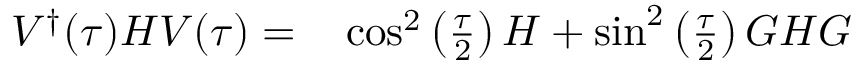
\begin{array} { r l } { V ^ { \dagger } ( \tau ) H V ( \tau ) = } & { { } \cos ^ { 2 } \left( \frac { \tau } { 2 } \right) H + \sin ^ { 2 } \left( \frac { \tau } { 2 } \right) { G } H { G } } \end{array}